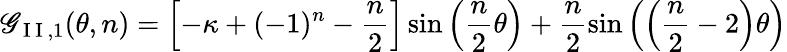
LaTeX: \mathscr{G}_{\mathrm{{~I~I~}},1}(\theta,n)=\left[-\kappa+(-1)^{n}-\frac{{n}}{{2}}\right]\sin\left(\frac{{n}}{{2}}\theta\right)+\frac{{n}}{{2}}\sin\left(\left(\frac{{n}}{{2}}-2\right)\theta\right)